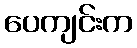
ပေကျင်းက